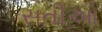
સતીઓ